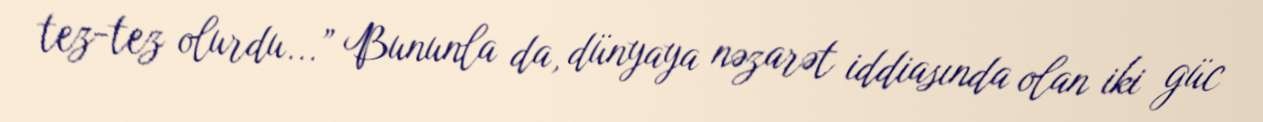
tez-tez olurdu...” Bununla da, dünyaya nəzarət iddiasında olan iki güc